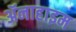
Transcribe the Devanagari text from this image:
ॲनाहाइम